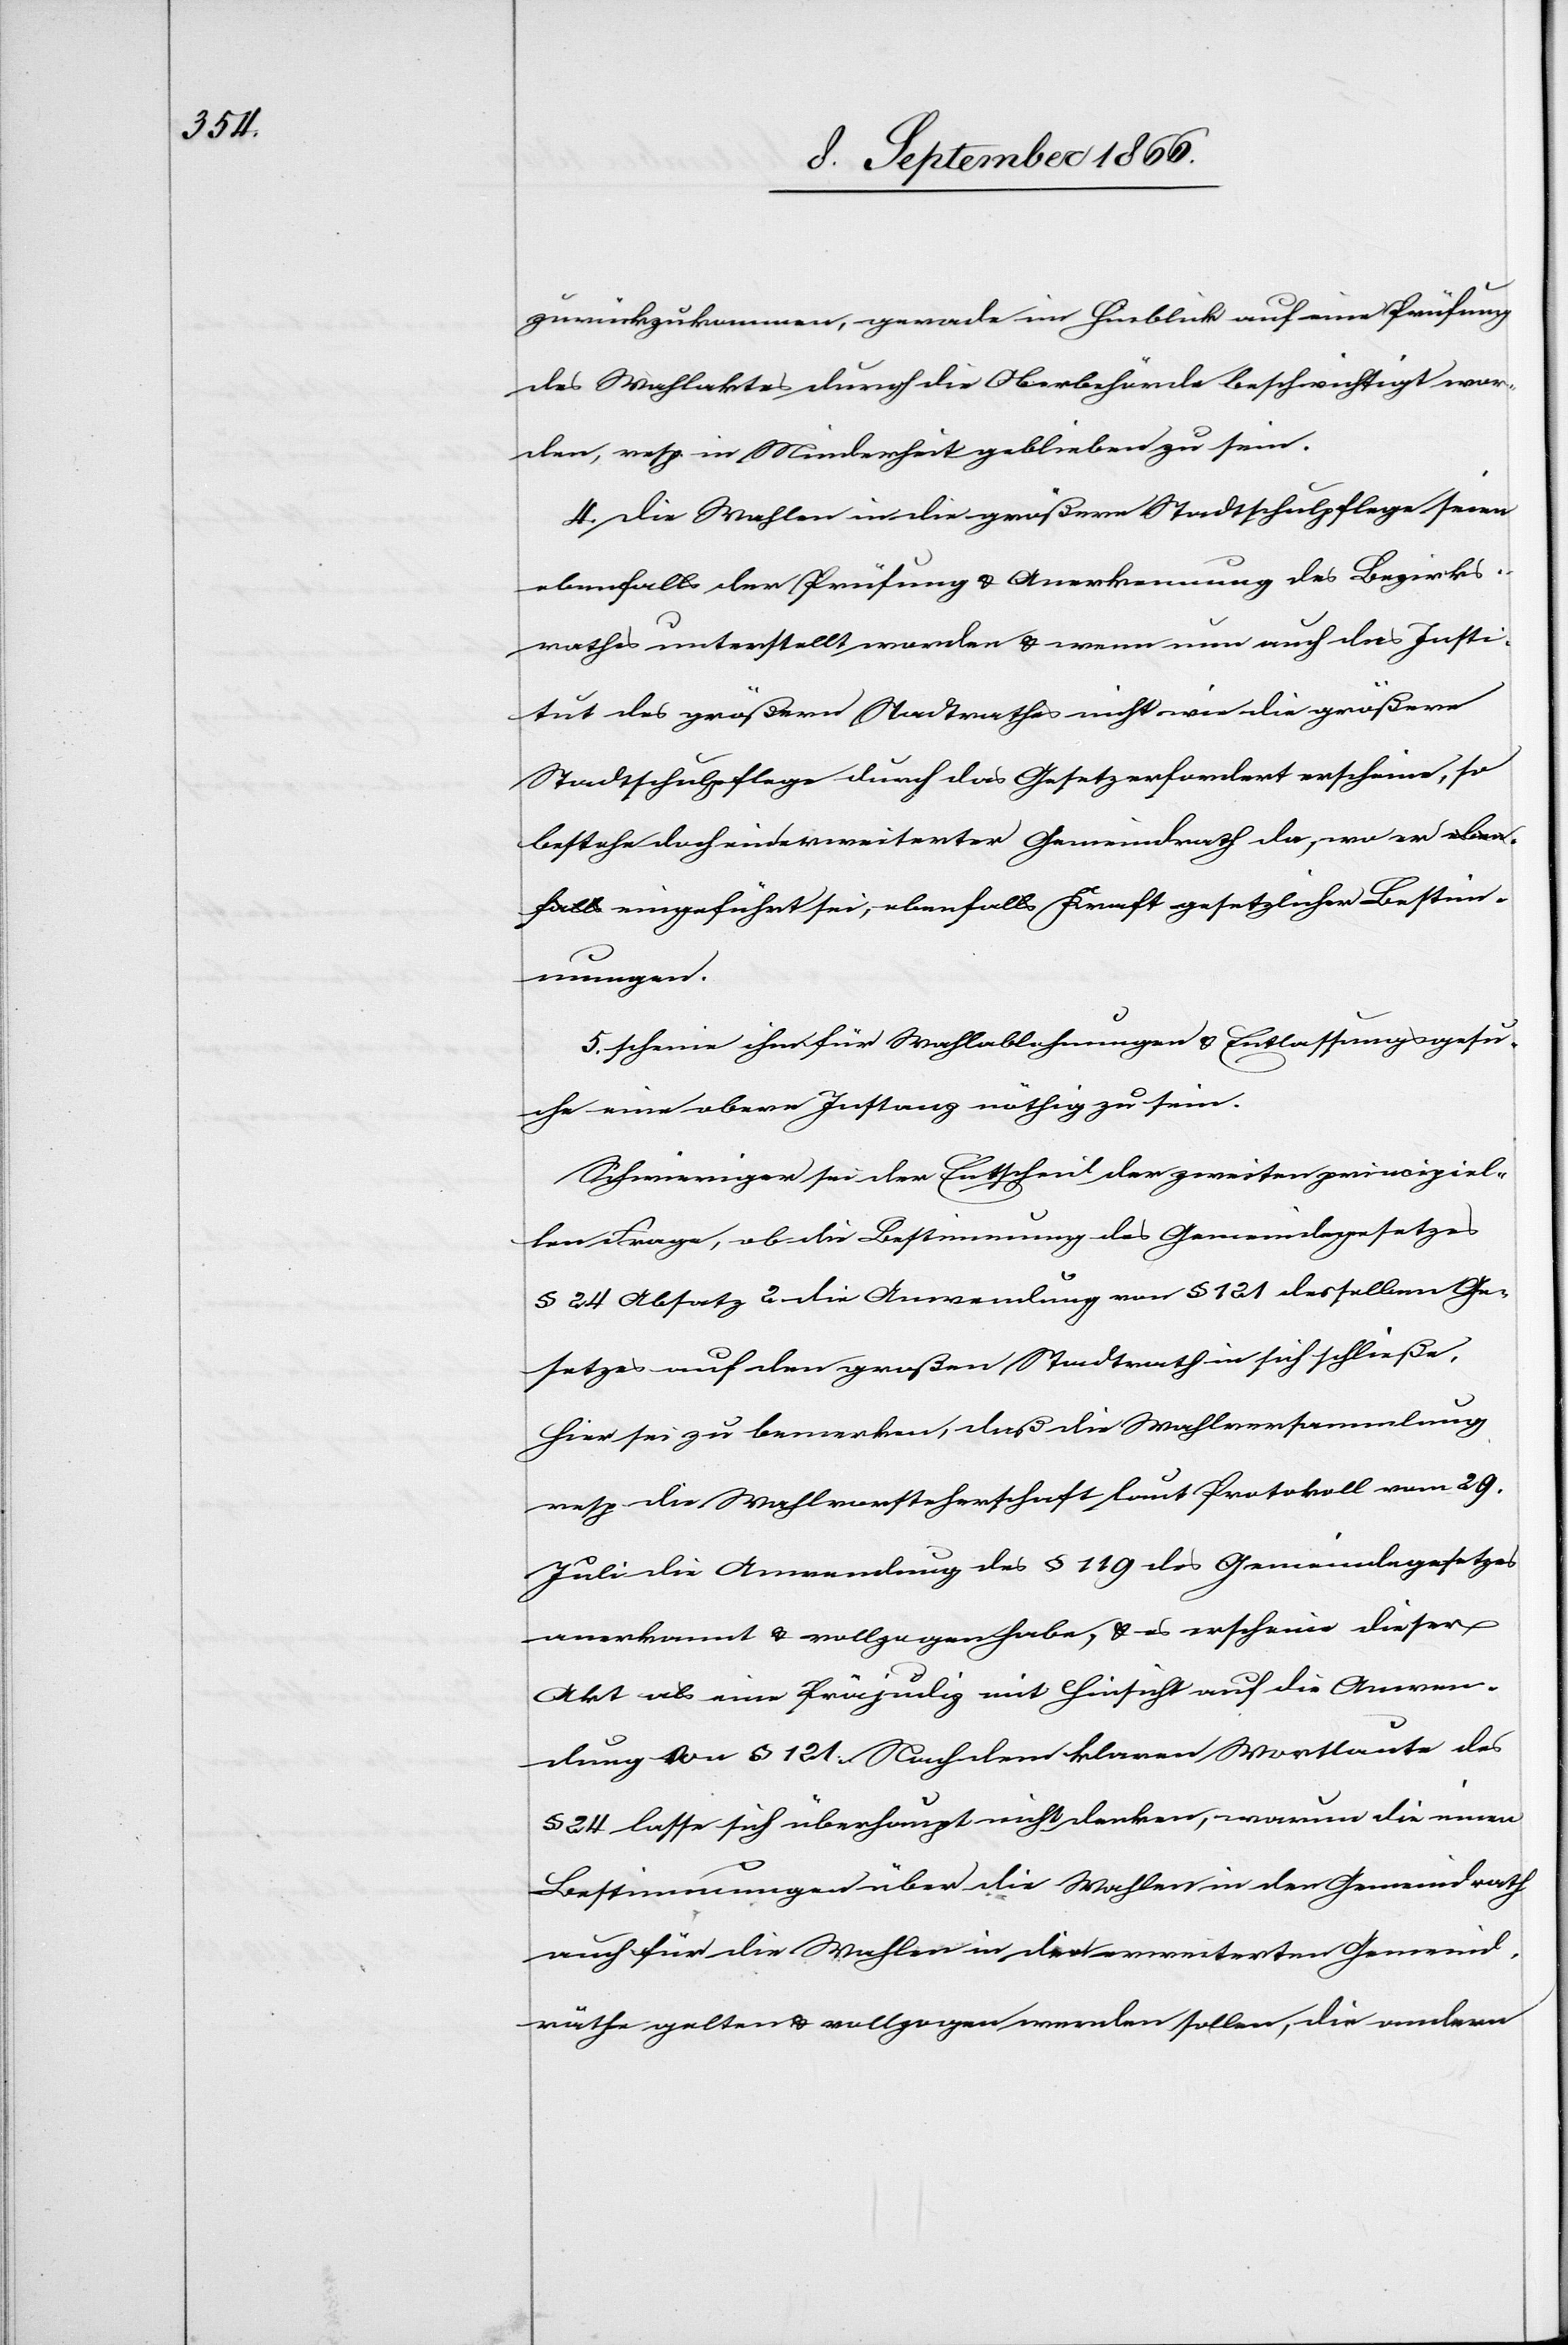
zurückzukommen, gerade im Hinblick auf eine Prüfung
des Wahlaktes durch die Oberbehörde beschwichtigt wor¬
den, resp. in Minderheit geblieben zu sein.
4. Die Wahlen in die größere Stadtschulpflege seien
ebenfalls der Prüfung u. Anerkennung des Bezirks¬
rathes unterstellt worden u. wenn nun auch das Insti¬
tut des größern Stadtrathes nicht wie die größere
Stadtschulpflege durch das Gesetz erfordert erscheine, so
bestehe doch ein erweiterter Gemeindrath da, wo e¬
r eingeführt sei, ebenfalls Kraft gesetzlicher Bestim¬
mungen.
5. Scheine ihm für Wahlablehnungen u. Entlassungsgesu¬
che eine obere Instanz nöthig zu sein.
Schwieriger sei der Entscheid der zweiten principiel¬
len Frage, ob die Bestimmung des Gemeindegesetzes
§ 24 Absatz 2 die Anwendung von § 121 desselben Ge¬
setzes auf den großen Stadtrath in sich schließe.
Hier sei zu bemerken, daß die Wahlversammlung
resp. die Wahlvorsteherschaft laut Protokoll vom 29.
Juli die Anwendung des § 119 des Gemeindegesetzes
anerkannt u. vollzogen habe, u. es erscheine dieser
Akt als eine Präjudiz mit Hinsicht auf die Anwen¬
dung von § 121. Nach dem klaren Wortlaute des
§ 24 lasse sich überhaupt nicht denken, warum die einen
Bestimmungen über die Wahlen in den Gemeindrath
auch für die Wahlen in den erweiterten Gemeind¬
rath gelten u. vollzogen werden sollen, die andern